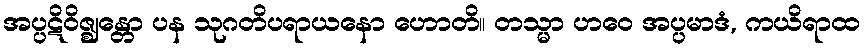
အပ္ပဋိဝိဇ္ဈန္တော ပန သုဂတိပရာယနော ဟောတိ။ တသ္မာ ဟဝေ အပ္ပမာဒံ, ကယိရာထ